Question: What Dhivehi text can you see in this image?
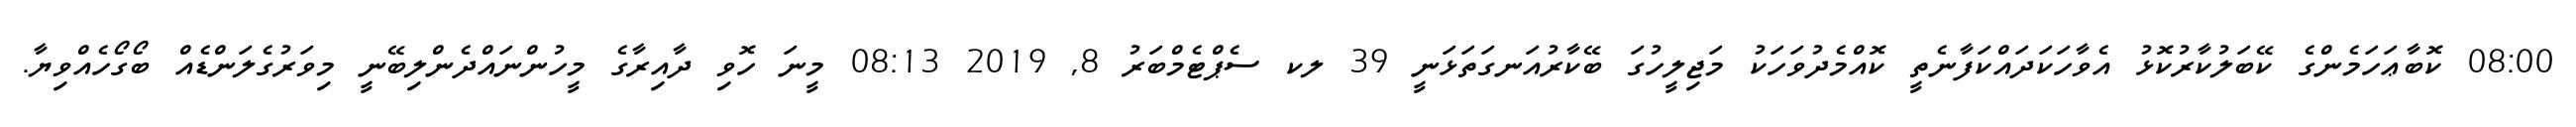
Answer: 08:00 ކޮބާޢަހަމެންގެ ކޭބަލުކާރުކޮޅު އެވާހަކަދައްކަފާނެތީ ކޮއްމެދުވަހަކު މަޖިލީހުގަ ބޭކާރުއަނގަތަޅަނީ 39 ލކ ސެޕްޓެމްބަރު 8, 2019 08:13 މީނަ ހޮވި ދާއިރާގެ މީހުންނައްދެންލިބޭނީ މިވަރުގެލަންޑެއް ބޯގޯހެއްވިޔާ.